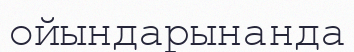
ойындарынанда